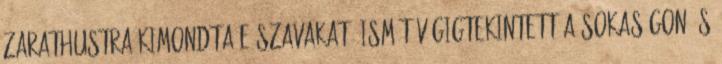
Zarathustra kimondta e szavakat, ismét végigtekintett a sokaságon és